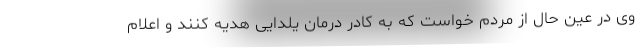
وی در عین حال از مردم خواست که به کادر درمان یلدایی هدیه کنند و اعلام